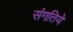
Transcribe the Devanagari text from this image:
संगतिये